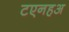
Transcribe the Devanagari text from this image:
टएनहअ